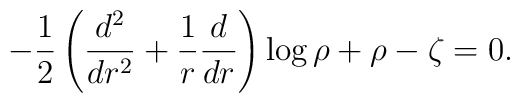
-\frac12 \left( \frac{d^2}{dr^2}+\frac1r\frac d{dr} \right) \log\rho + \rho-\zeta =0.